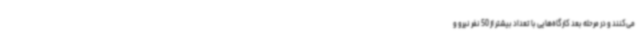
می‌کنند و در مرحله بعد کارگاه‌هایی با تعداد بیشتر از 50 نفر نیرو و